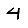
Digit: 4